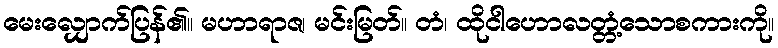
မေးလျှောက်ပြန်၏။ မဟာရာဇ၊ မင်းမြတ်။ တံ၊ ထိုငါဟောလတ္တံ့သောစကားကို။